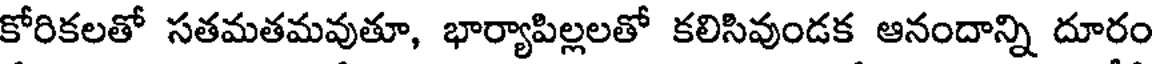
కోరికలతో సతమతమవుతూ, భార్యాపిల్లలతో కలిసివుండక ఆనందాన్ని దూరం